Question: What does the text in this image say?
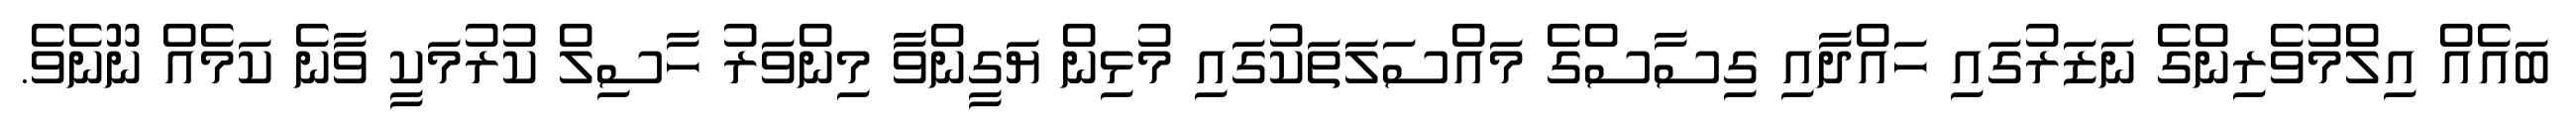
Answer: ބައެއް އިލްމުވެރިންގެ ނަޒަރުގައި ހައްދާއި ގިސާސްގެ މައްސަލަތަކުގައި މުޅިން ޔަގީންވާ މިންވަރު ހާސިލް ކުރުމަކީ ވާނެ ކަމެއް ނޫނެވެ.